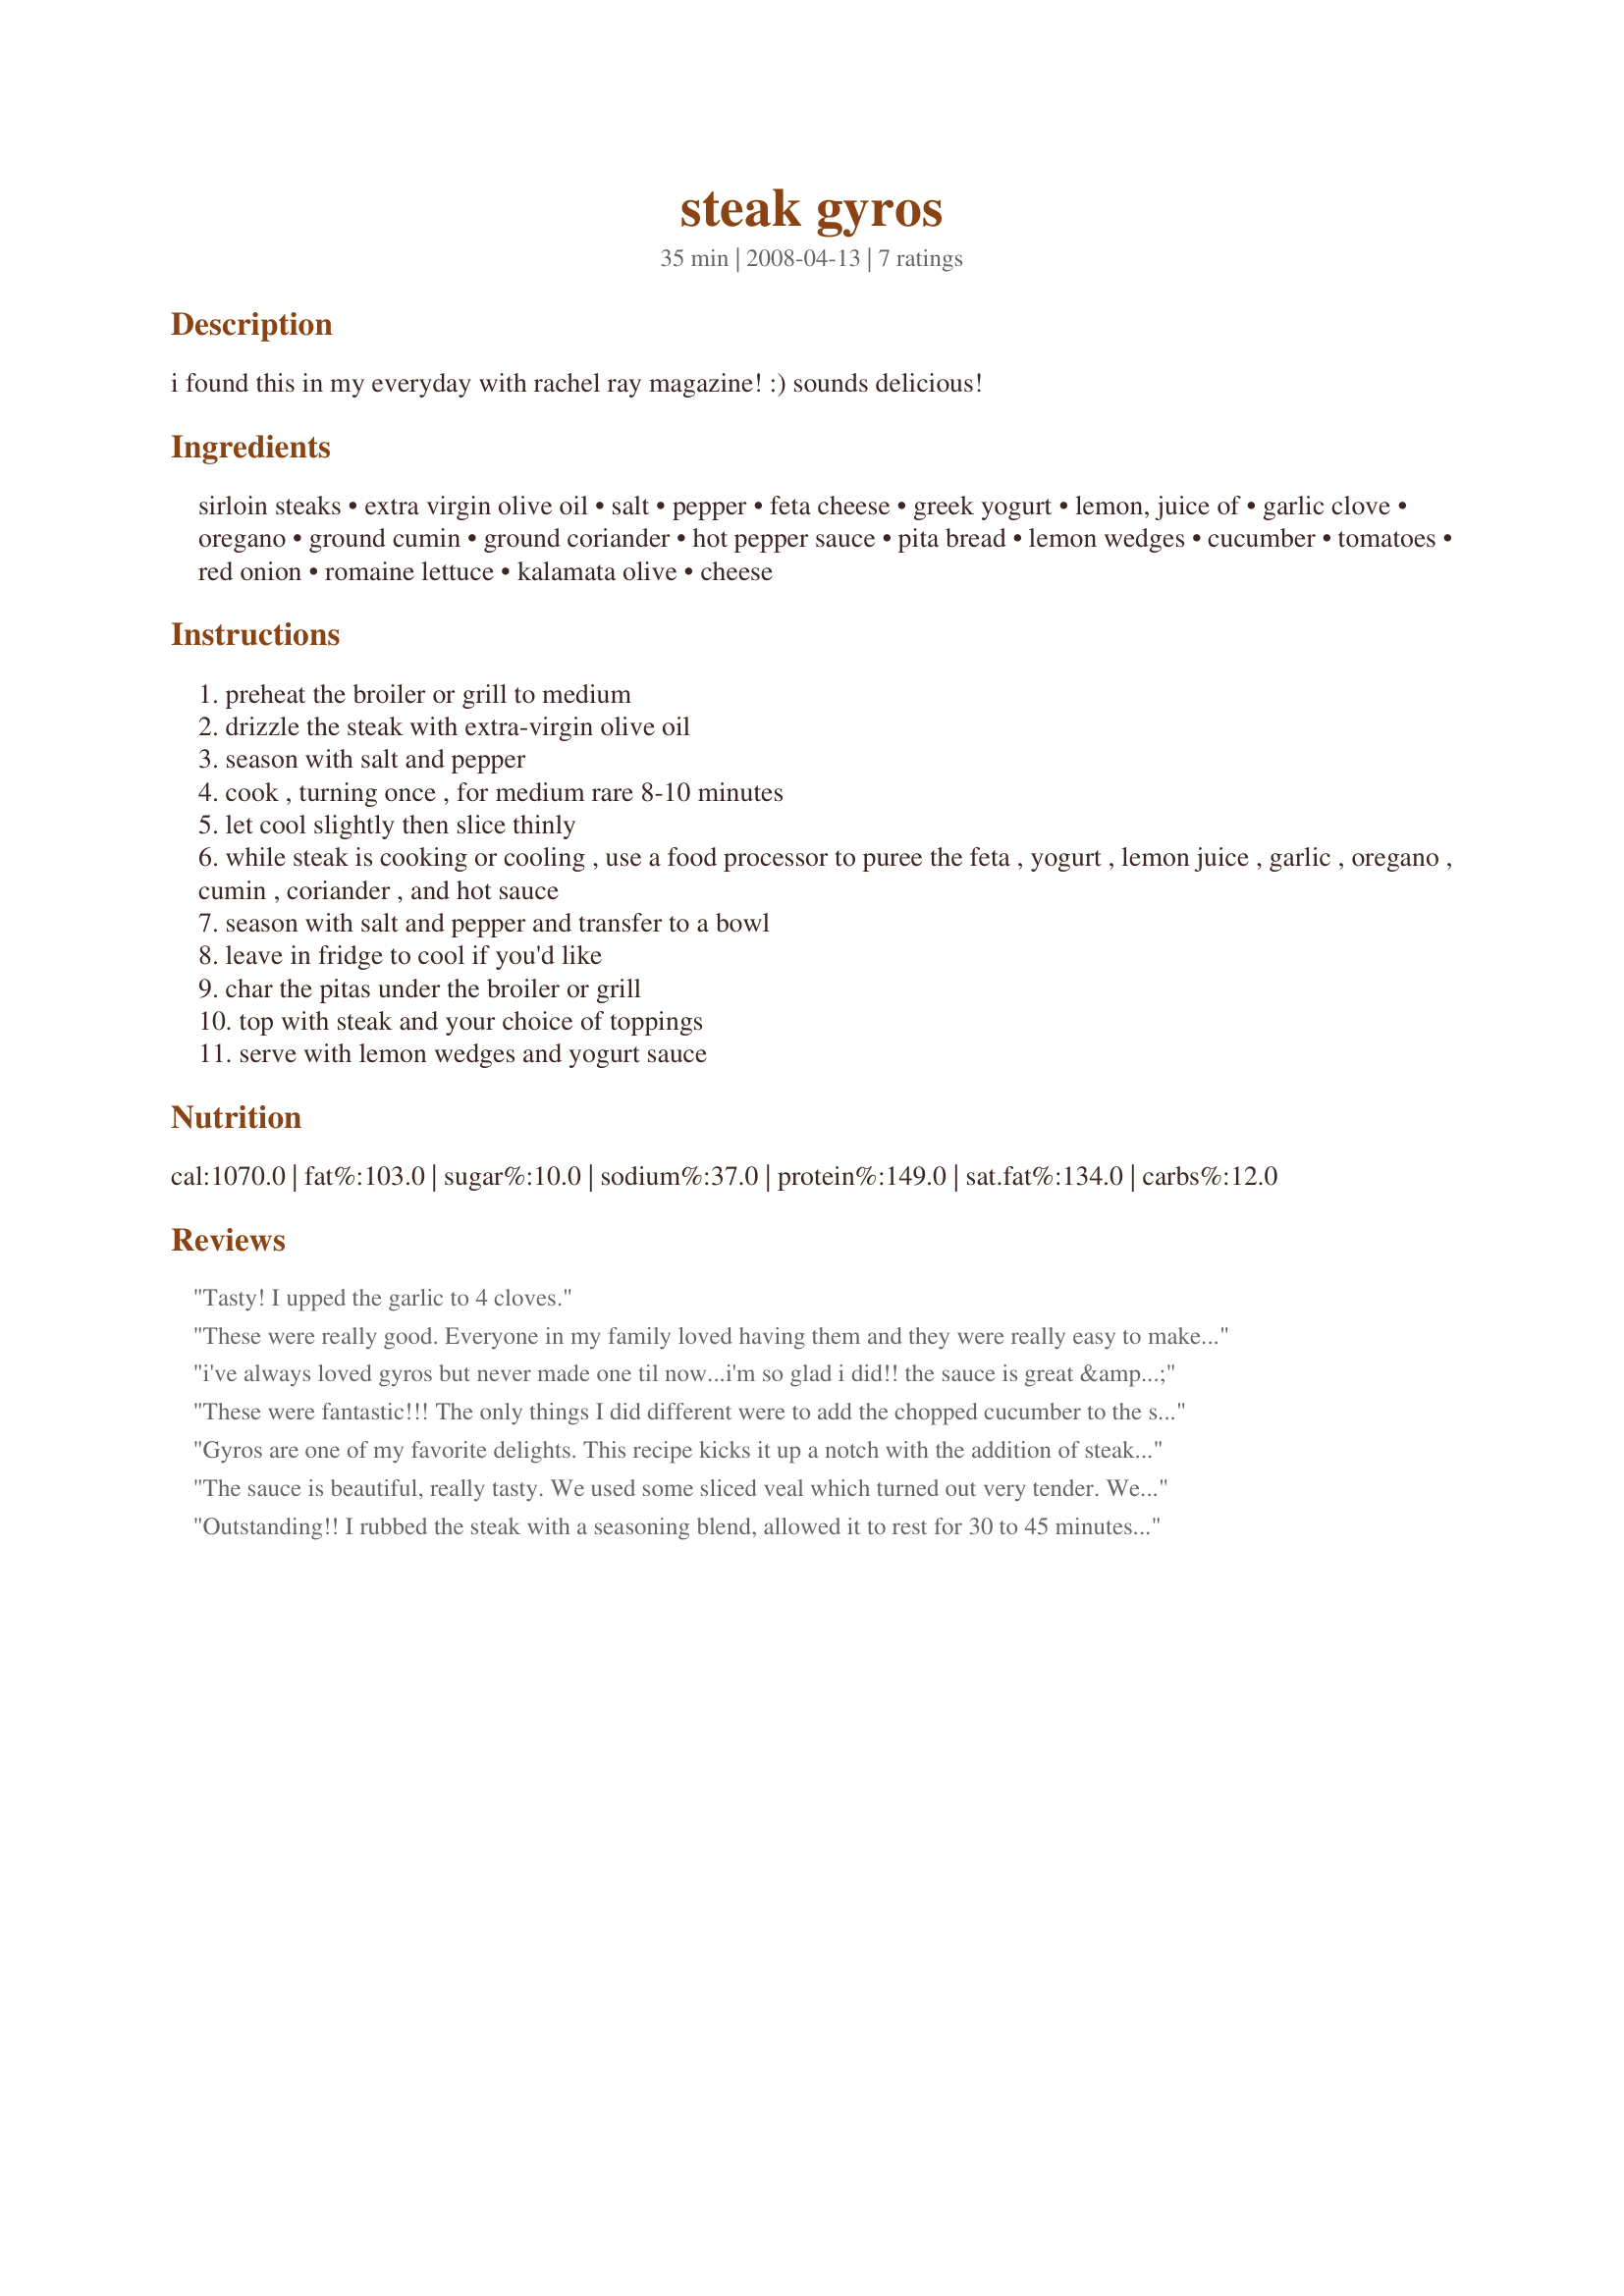
steak gyros
Preparation time: 35 minutes

i found this in my everyday with rachel ray magazine! :) sounds delicious!

Ingredients:
sirloin steaks, extra virgin olive oil, salt, pepper, feta cheese, greek yogurt, lemon, juice of, garlic clove, oregano, ground cumin, ground coriander, hot pepper sauce, pita bread, lemon wedges, cucumber, tomatoes, red onion, romaine lettuce, kalamata olive, cheese

Steps:
preheat the broiler or grill to medium
drizzle the steak with extra-virgin olive oil
season with salt and pepper
cook , turning once , for medium rare 8-10 minutes
let cool slightly then slice thinly
while steak is cooking or cooling , use a food processor to puree the feta , yogurt , lemon juice , garlic , oregano , cumin , coriander , and hot sauce
season with salt and pepper and transfer to a bowl
leave in fridge to cool if you'd like
char the pitas under the broiler or grill
top with steak and your choice of toppings
serve with lemon wedges and yogurt sauce

Reviews:
Tasty! I upped the garlic to 4 cloves.
These were really good. Everyone in my family loved having them and they were really easy to make. Made for the ZWT4 :D thanks
i've always loved gyros but never made one til now...i'm so glad i did!! the sauce is great & even better the next day! made for zwt4.
These were fantastic!!! The only things I did different were to add the chopped cucumber to the sauce, and did not add feta to the sauce. My hubby doesn't care for feta, so I crumbled some on top for mine! :) Didn't get to add my tomatoes though, had to pitch them due to the salmonella outbreak! :( But they were AWESOME!! Thanks for a fantastic recipe!! :) Made for the ZWT4
Gyros are one of my favorite delights. This recipe kicks it up a notch with the addition of steak! Delicious. Great flavors. I will be making this again and again!!! Thanks so much for posting this recipe!
The sauce is beautiful, really tasty. We used some sliced veal which turned out very tender. We also rolled the gyros then toasted in a cafe press, didn't even use foil. Fabulous, fun making and easy and everyone enjoyed them, thank you!
Outstanding!! I rubbed the steak with a seasoning blend, allowed it to rest for 30 to 45 minutes before grilling. I did follow Wildflour and added cucumber to the sauce. The pitas were served topped with red onion slices and bell pepper. Made for *ZWT 4*
